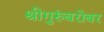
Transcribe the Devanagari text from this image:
श्रीगुरुंंबरोबर